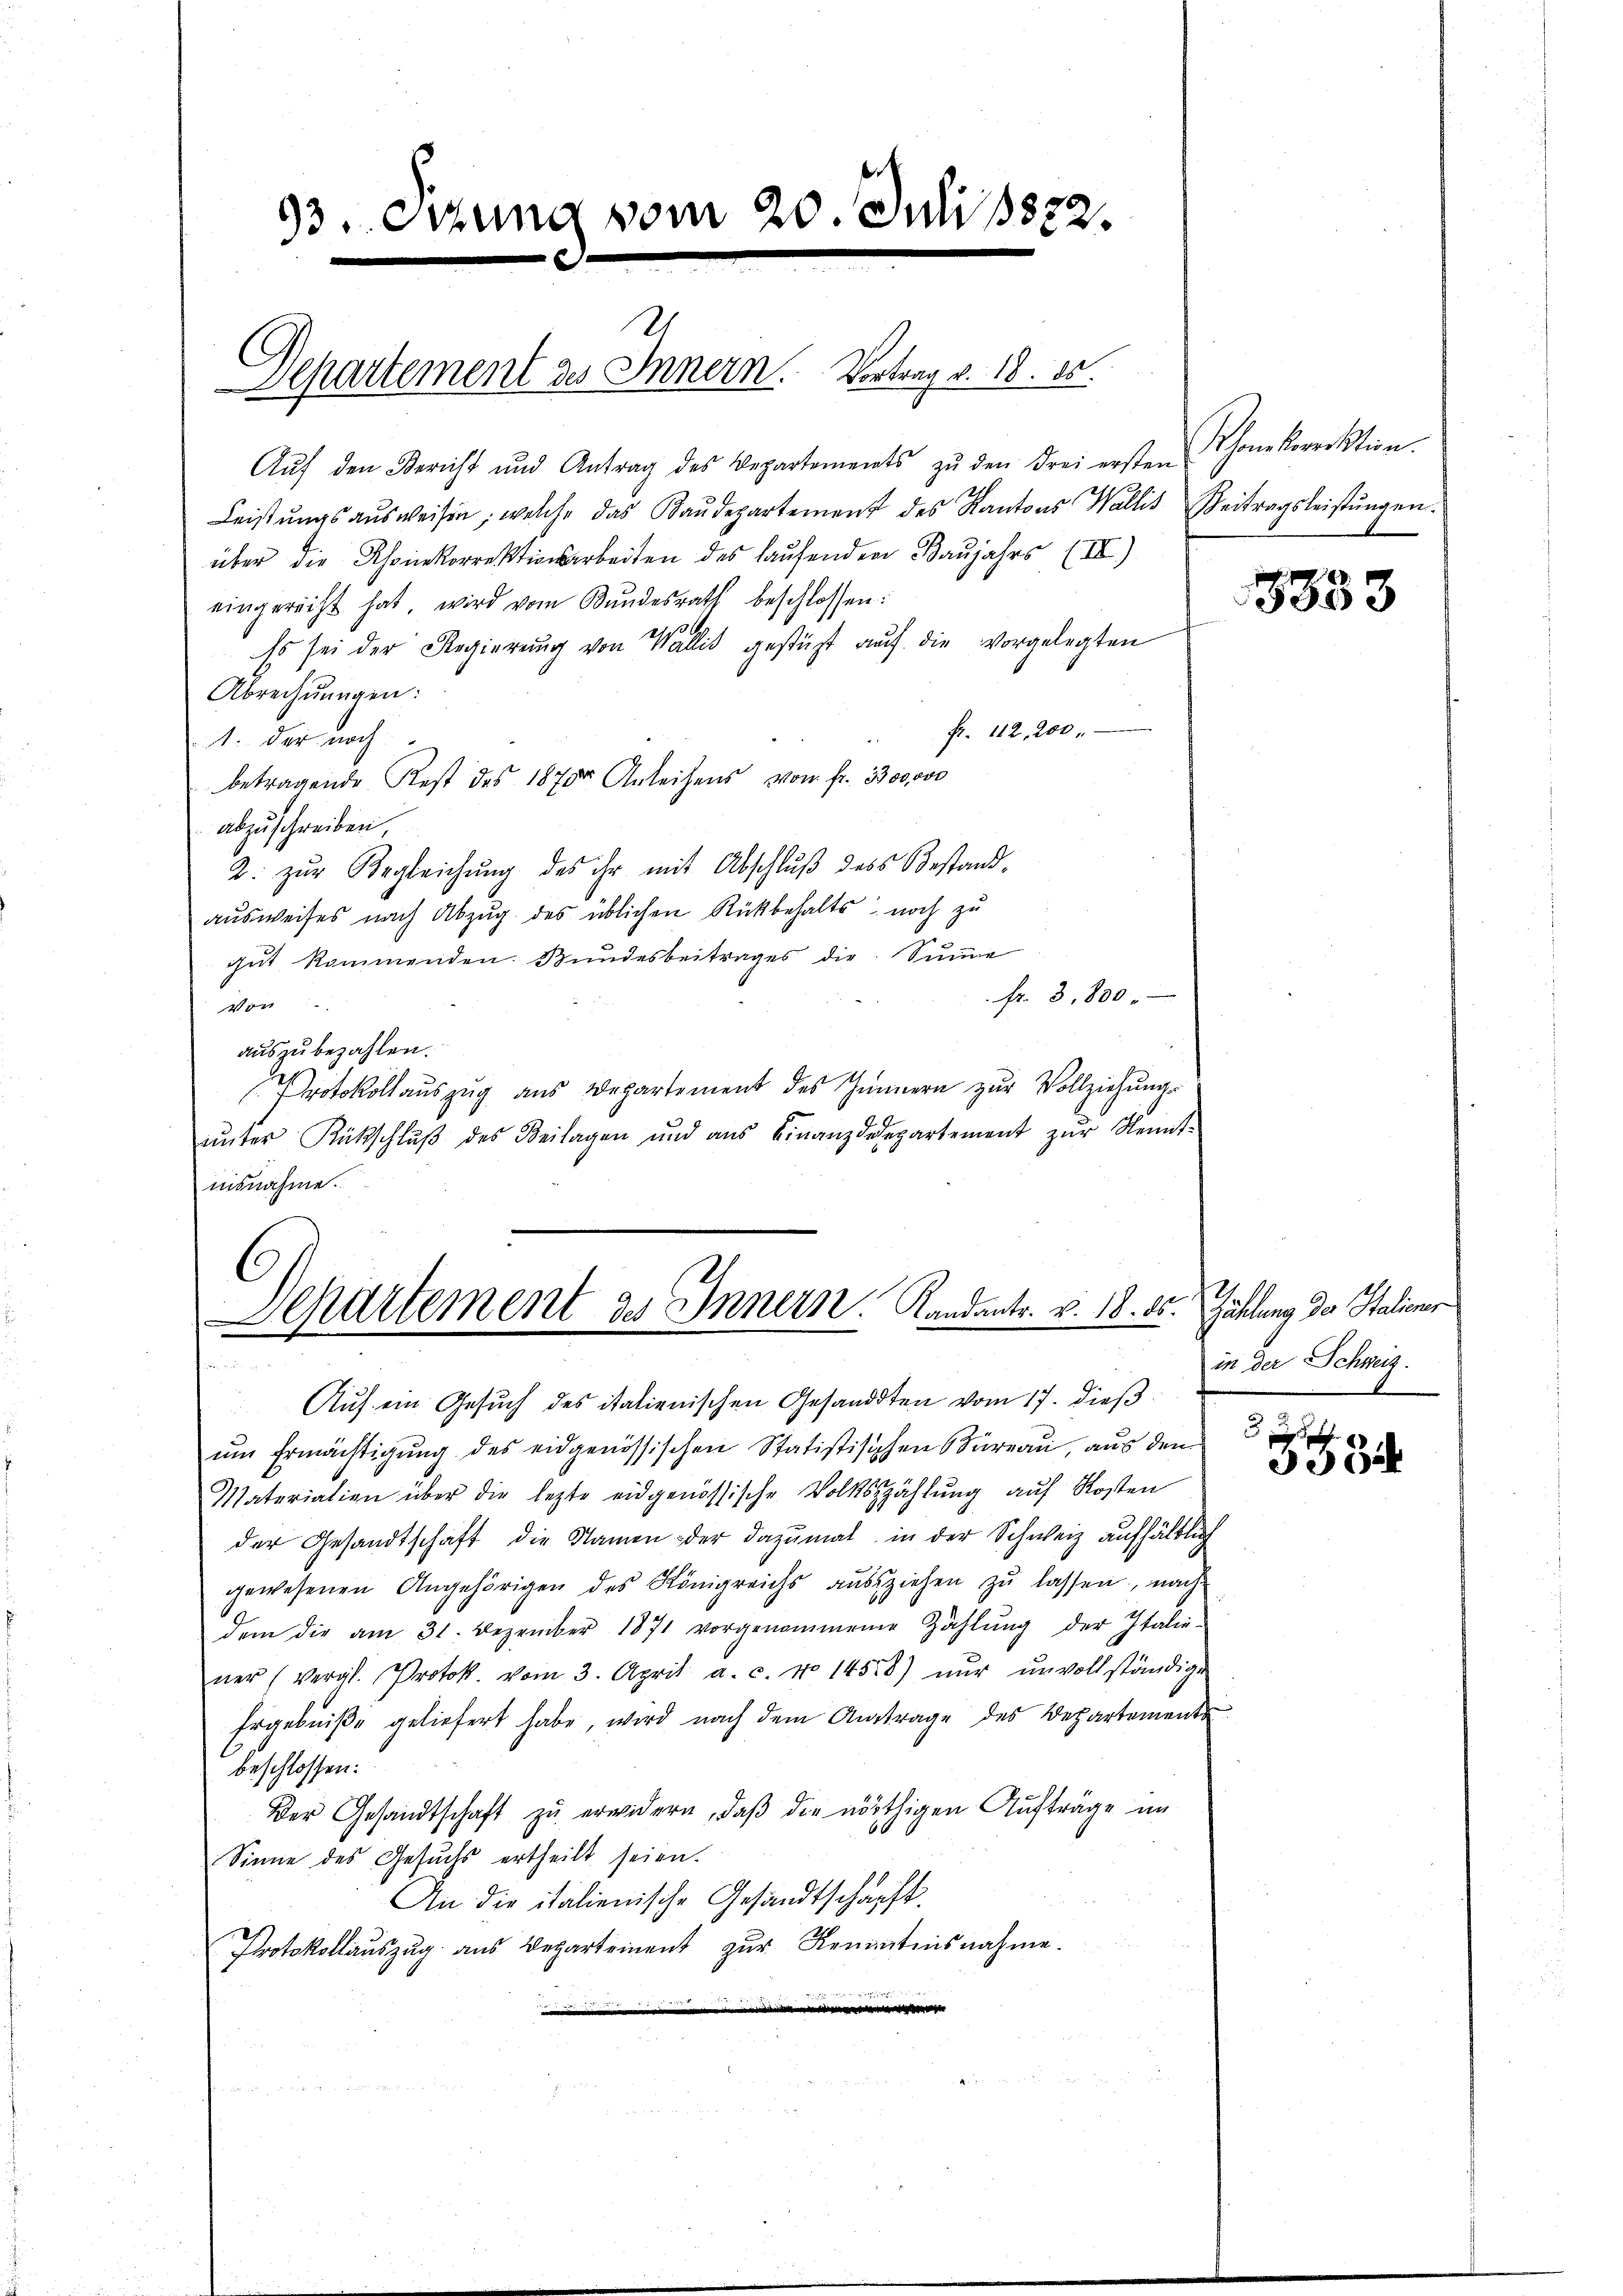
93. Sitzung vom 20. Juli 1822.

Departement des Innern. Vortrag v. 18. d.

Auf den Bericht und Antrag des Departements zŭ den drei ersten
Leistŭngs aŭsweisen, welche das Baŭdepartement des Kantons Wallis Beitragsleistŭngen.
über die Konkorrektionsarbeiten des laufenden Baujahrs (II)
eingerecht hat, wird vom Bŭndesrath beschlossen:
Es sei der Regierŭng von Wallis gestüzt auf die vorgelegten
Abrechnungen:
fr. 112, 200.
1. der noch
betragende Rest des 1870 Anleihens von fr. 3300000
abzuschreiben,
2. zŭr Begleichŭng des ihr mit Abschlŭβ des Bestand,
ausweises nach Abzug des üblichen Rückbehalts noch zu
gut kommenden Bundesbeitrages die Sinne
Fr. 3,800
von
auszubezahlen.
Protokollauszug aus Departement des Innern zŭr Vollziehŭngs
ŭnter Rückschlŭβ des Beilagen und aŭs Finanzdepartement zŭr Kennt-
nisnahme.

Separtement des Innern. Kandants. v. 18. 85.
hier, wie e

beschlossen:
Der Gesandtschaft zu erwidern, daß die nöthigen Aufträge im
Sinne des Gesuchs ertheilt seien.
An die italienische Gesandtschaft
Protokollauszug aus Departement zur Kenntnisnahme.
i
g

Auf ein Gesuch des italienischen Gesandten vom 17. dieß
ŭm Ermächtigŭng des eidgenössischen Statistischen Büreaŭ, aŭs den
Materialien über die lezte eidgenössische Volkszählŭng aŭf Kosten
der Gesandtschaft die Namen der dazumal in der Schweiz aufhältlich
gewesenen Angehörigen des Königreichs ausziehen zu lassen, nach
dem die am 31. Dezember 1871 vorgenommenen Zählŭng der Italie-
ner (vergl. Protok. vom 3. April a. c. No 1458) nŭr ŭnvollständige
Ergebniße geliefert habe, wird nach dem Antrage des Departements

Rhonkorrektion.

5333

Zahlung der Stativer
in der Schweiz.
1

339